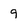
Character: 9